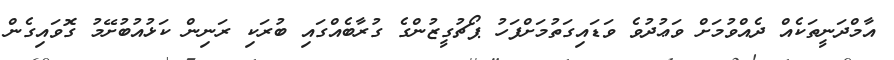
އާމްދަނީތަކެއް ދެއްވުމަށް ވަޢުދުވެ ވަޑައިގަތުމަށްފަހު ޕޯޗުގީޒުންގެ ގުރާބެއްގައި ބުރަކި ރަނިން ކަޅުއުބުށޭމު ގޮވައިގެން